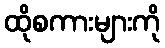
ထိုစကားများကို